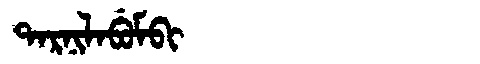
Manchu: ᡨᠠᡵᠨᡳᠯᠠᠪᡠᠮᠪᡳ
Romanization: TARNILABUMBI